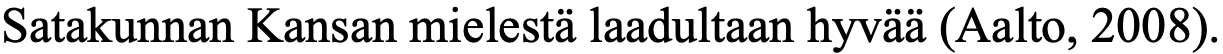
Satakunnan Kansan mielestä laadultaan hyvää (Aalto, 2008).